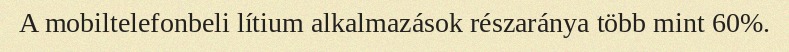
A mobiltelefonbeli lítium alkalmazások részaránya több mint 60%.